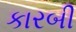
કારબી